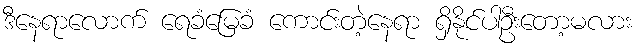
ဒီနေရာလောက် ရေခံမြေခံ ကောင်းတဲ့နေရာ ရှိနိုင်ပါဦးတော့မလား